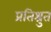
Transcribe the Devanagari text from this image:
प्रतिश्रुत